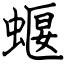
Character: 蝘